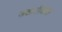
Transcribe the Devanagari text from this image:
जखमींच्या